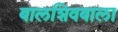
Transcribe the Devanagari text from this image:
बालशिवबाला